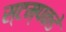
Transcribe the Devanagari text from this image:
स्टम्पकडे